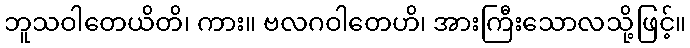
ဘူသဝါတေယိတိ၊ ကား။ ဗလဂဝါတေဟိ၊ အားကြီးသောလသို့ဖြင့်။